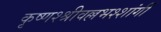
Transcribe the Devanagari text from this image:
कृष्णश्श्रीवल्लभश्शांर्गी